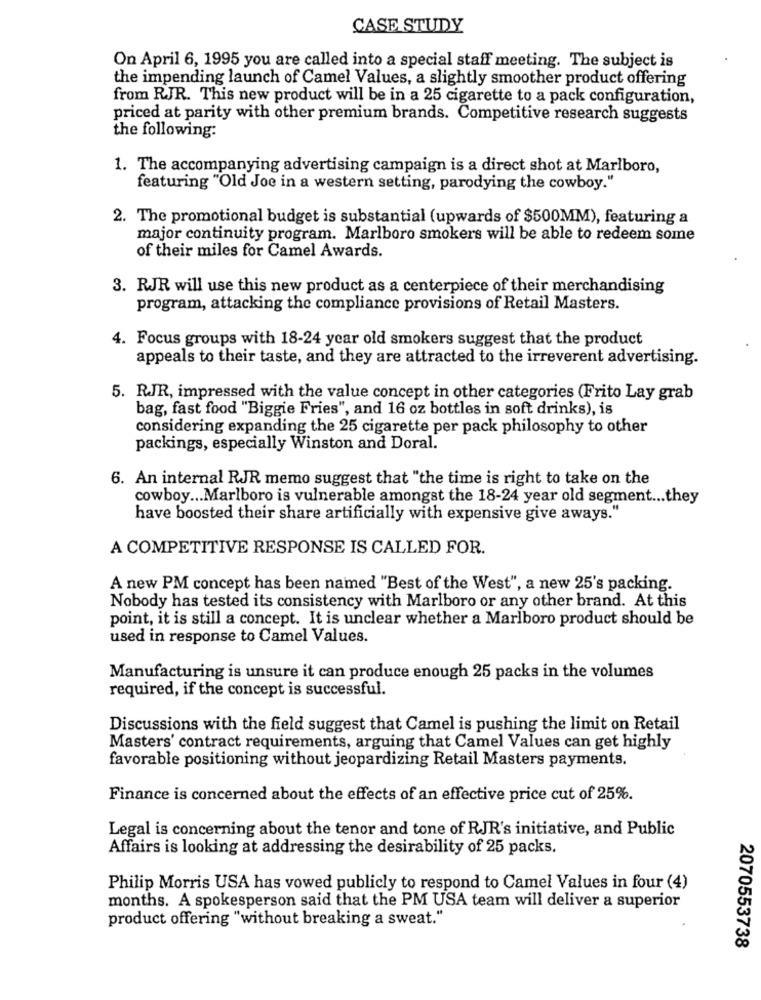
CASE STUDY
On April 6, 1995 you are called into a special staff meeting. The subject is
the impending launch of Camel Values, a slightly smoother product offering
from RJR. This new product will be in a 25 cigarette to a pack configuration,
priced at parity with other premium brands. Competitive research suggests
the following:
1. The accompanying advertising campaign is a direct shot at Marlboro,
featuring "Old Joe in a western setting, parodying the cowboy."
2. The promotional budget is substantial (upwards of $500MM), featuring a
major continuity program. Marlboro smokers will be able to redeem some
of their miles for Camel Awards.
3. RJR will use this new product as a centerpiece of their merchandising
program, attacking the compliance provisions of Retail Masters.
4. Focus groups with 18-24 year old smokers suggest that the product
appeals to their taste, and they are attracted to the irreverent advertising.
5. RJR, impressed with the value concept in other categories (Frito Lay grab
bag, fast food "Biggie Fries", and 16 oz bottles in soft drinks), is
considering expanding the 25 cigarette per pack philosophy to other
packings, especially Winston and Doral.
6. An internal RJR memo suggest that "the time is right to take on the
cowboy ... Marlboro is vulnerable amongst the 18-24 year old segment ... they
have boosted their share artificially with expensive give aways."
A COMPETITIVE RESPONSE IS CALLED FOR.
A new PM concept has been named "Best of the West", a new 25's packing.
Nobody has tested its consistency with Marlboro or any other brand. At this
point, it is still a concept. It is unclear whether a Marlboro product should be
used in response to Camel Values.
Manufacturing is unsure it can produce enough 25 packs in the volumes
required, if the concept is successful.
Discussions with the field suggest that Camel is pushing the limit on Retail
Masters' contract requirements, arguing that Camel Values can get highly
favorable positioning without jeopardizing Retail Masters payments.
Finance is concerned about the effects of an effective price cut of 25%.
Legal is concerning about the tenor and tone of RJR's initiative, and Public
Affairs is looking at addressing the desirability of 25 packs.
Philip Morris USA has vowed publicly to respond to Camel Values in four (4)
months. A spokesperson said that the PM USA team will deliver a superior
product offering "without breaking a sweat."
2070553738